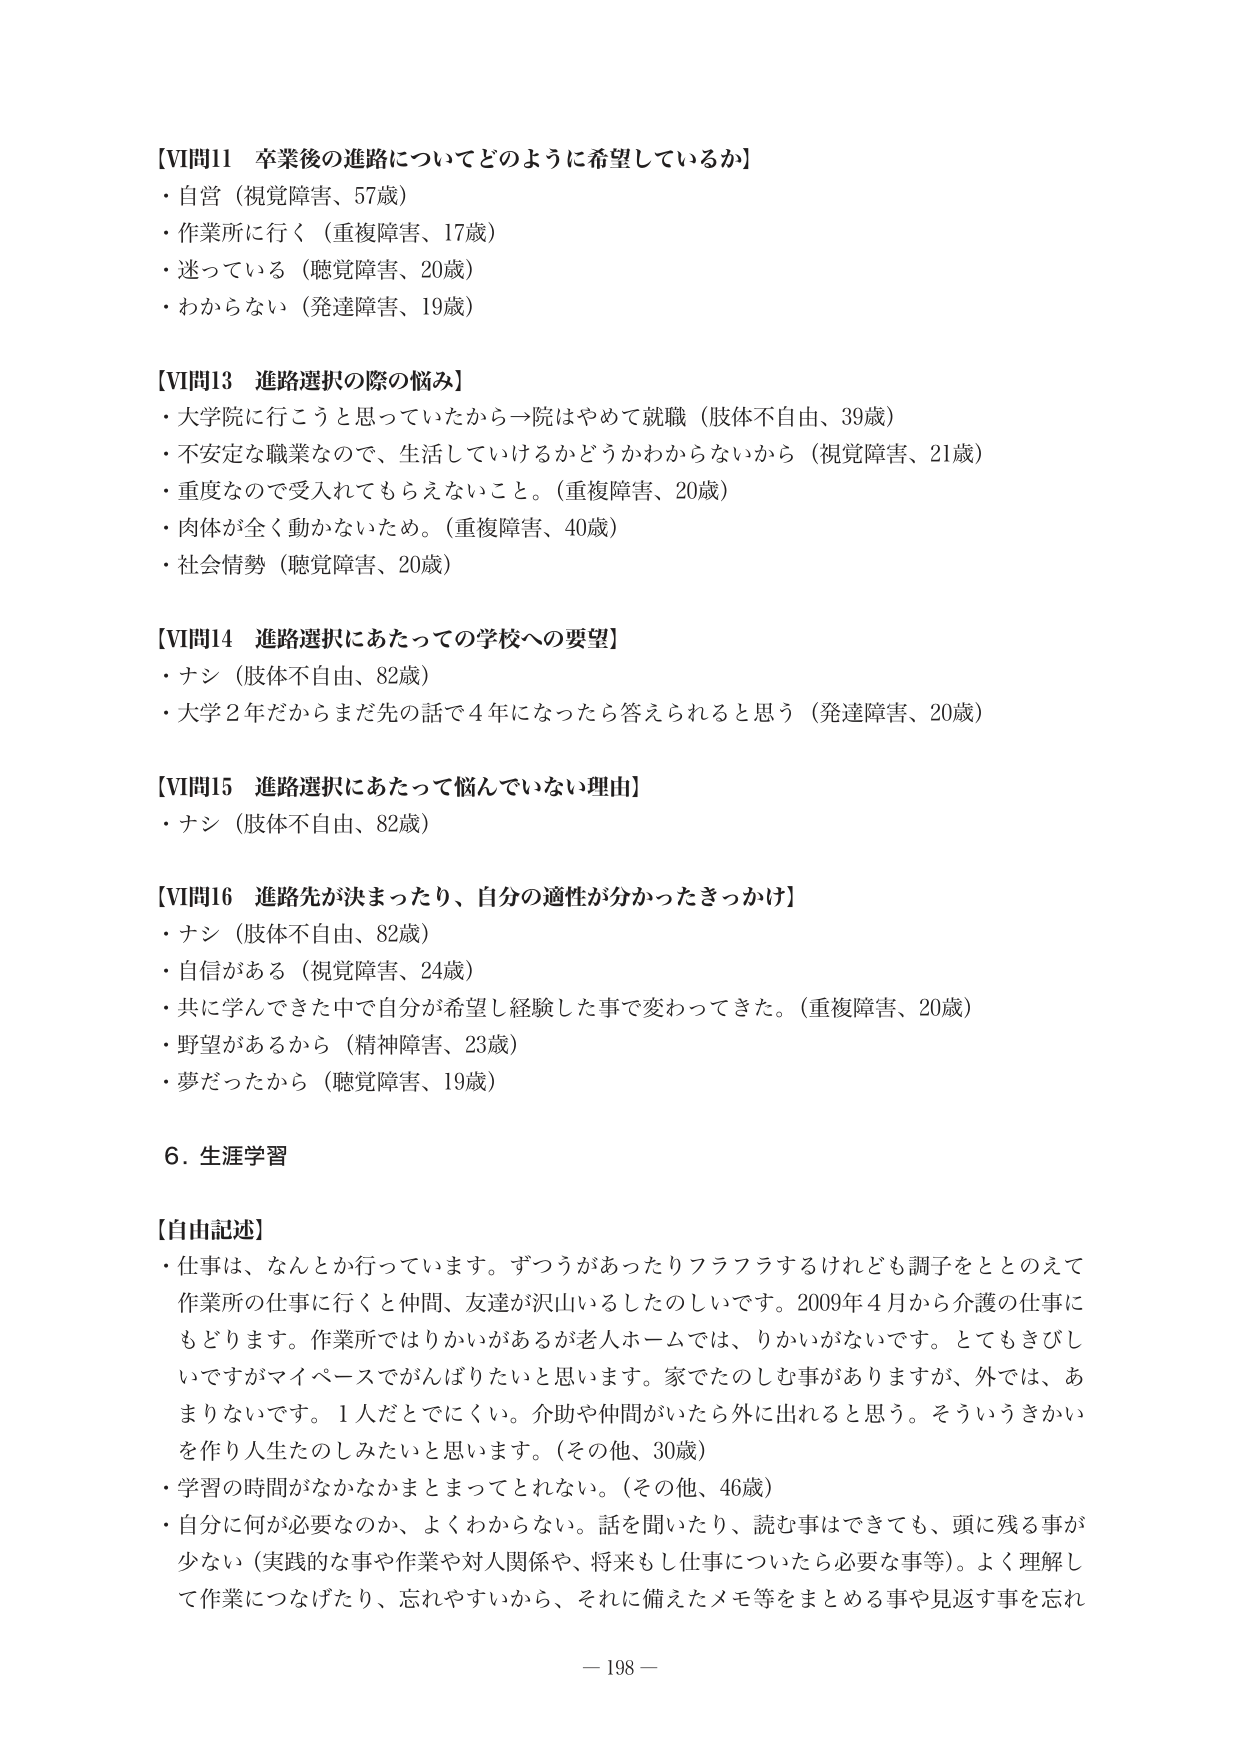
【VI問11 卒業後の進路についてどのように希望しているか】
・自営（視覚障害、57歳）
・作業所に行く（重複障害、17歳）
・迷っている（聴覚障害、20歳）
・わからない（発達障害、19歳）

【VI問13 進路選択の際の悩み】
・大学院に行こうと思っていたから→院はやめて就職（肢体不自由、39歳）
・不安定な職業なので、生活していけるかどうかわからないから（視覚障害、21歳）
・重度なので受入れてもらえないこと。（重複障害、20歳）
・肉体が全く動かないため。（重複障害、40歳）
・社会情勢（聴覚障害、20歳）

【VI問14 進路選択にあたっての学校への要望】
・ナシ（肢体不自由、82歳）
・大学2年だからまだ先の話で4年になったら答えられると思う（発達障害、20歳）

【VI問15 進路選択にあたって悩んでいない理由】
・ナシ（肢体不自由、82歳）

【VI問16 進路先が決まったり、自分の適性が分かったきっかけ】
・ナシ（肢体不自由、82歳）
・自信がある（視覚障害、24歳）
・共に学んできた中で自分が希望し経験した事で変わってきた。（重複障害、20歳）
・野望があるから（精神障害、23歳）
・夢だったから（聴覚障害、19歳）

6．生涯学習

【自由記述】
・仕事は、なんとか行っています。ずつうがあったりフラフラするけれども調子をととのえて作業所の仕事に行くと仲間、友達が沢山いるしたのしいです。2009年4月から介護の仕事にもどります。作業所ではりかいがあるが老人ホームでは、りかいがないです。とてもきびしいですがマイペースでがんばりたいと思います。家でたのしむ事がありますが、外では、あまりないです。1人だとでにくい。介助や仲間がいたら外に出れると思う。そういうきかいを作り人生たのしみたいと思います。（その他、30歳）
・学習の時間がなかなかまとまってとれない。（その他、46歳）
・自分に何が必要なのか、よくわからない。話を聞いたり、読む事はできても、頭に残る事が少ない（実践的な事や作業や対人関係や、将来もし仕事についたら必要な事等）。よく理解して作業につなげたり、忘れやすいから、それに備えたメモ等をまとめる事や見返す事を忘れ

－198－